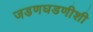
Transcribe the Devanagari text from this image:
जडणघडणीशी